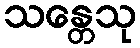
သန္တေသု